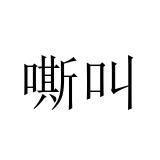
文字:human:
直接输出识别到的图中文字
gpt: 嘶叫